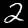
Digit: 2